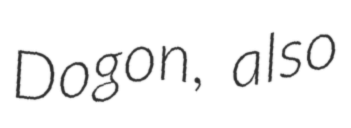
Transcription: Dogon, also